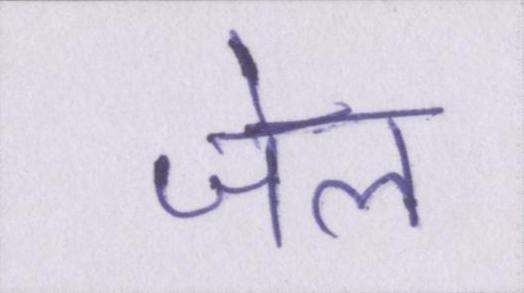
जेल